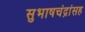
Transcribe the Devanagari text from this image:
सुभाषचंद्रांसह